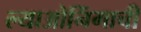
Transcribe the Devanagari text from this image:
ल्याओनिंगाची